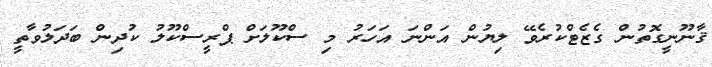
ޤާނޫނީގޮތުން ގެޒެޓްކުރެވޭ ލިޔުން އަންނަ އަހަރު މި ސްކޫލަށް ޕްރީސްކޫލު ކުދިން ބަދަލުވާތީ